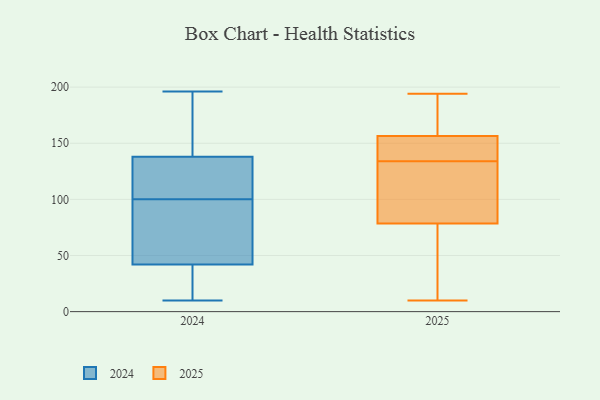
{"axis": {"x": "Energy Usage (MWh)", "y": "Value"}, "legend": ["2024", "2025"], "data": [{"x": "", "y": 61, "type": "2024"}, {"x": "", "y": 196, "type": "2024"}, {"x": "", "y": 106, "type": "2024"}, {"x": "", "y": 140, "type": "2024"}, {"x": "", "y": 163, "type": "2024"}, {"x": "", "y": 86, "type": "2024"}, {"x": "", "y": 78, "type": "2024"}, {"x": "", "y": 10, "type": "2024"}, {"x": "", "y": 110, "type": "2024"}, {"x": "", "y": 186, "type": "2024"}, {"x": "", "y": 15, "type": "2024"}, {"x": "", "y": 134, "type": "2024"}, {"x": "", "y": 35, "type": "2024"}, {"x": "", "y": 130, "type": "2024"}, {"x": "", "y": 94, "type": "2024"}, {"x": "", "y": 138, "type": "2024"}, {"x": "", "y": 16, "type": "2024"}, {"x": "", "y": 42, "type": "2024"}, {"x": "", "y": 155, "type": "2025"}, {"x": "", "y": 89, "type": "2025"}, {"x": "", "y": 194, "type": "2025"}, {"x": "", "y": 143, "type": "2025"}, {"x": "", "y": 75, "type": "2025"}, {"x": "", "y": 10, "type": "2025"}, {"x": "", "y": 134, "type": "2025"}, {"x": "", "y": 29, "type": "2025"}, {"x": "", "y": 157, "type": "2025"}, {"x": "", "y": 129, "type": "2025"}, {"x": "", "y": 176, "type": "2025"}]}